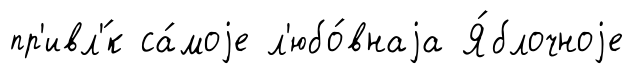
пр'ивл'́к са́моjе л'юбо́внаjа Я́блочноjе